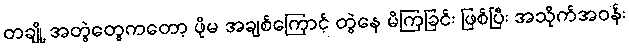
တချို့ အတွဲတွေကတော့ ဖိုမ အချစ်ကြောင့် တွဲနေ မိကြခြင်း ဖြစ်ပြီး အသိုက်အဝန်း